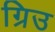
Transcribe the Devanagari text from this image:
ग्रिउ